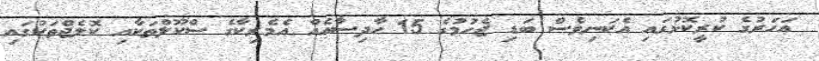
އަހަރުގެ ކުރީކޮޅުގައި އެކަނިވެސް ބަޑި ޖެހުމުގެ 15 ހާދިސާއެއް އެމެރިކާގެ ސްކޫލްތަކާއި ކޮލެޖްތަކުގައި